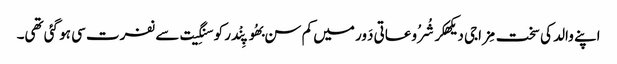
اپنے والد کی سخت مِزاجی دیکھکر شُرُوعاتی دَور میں کم سن بھُوپِنْدر کو سنگِیت سے نفرت سی ہو گئی تھی۔